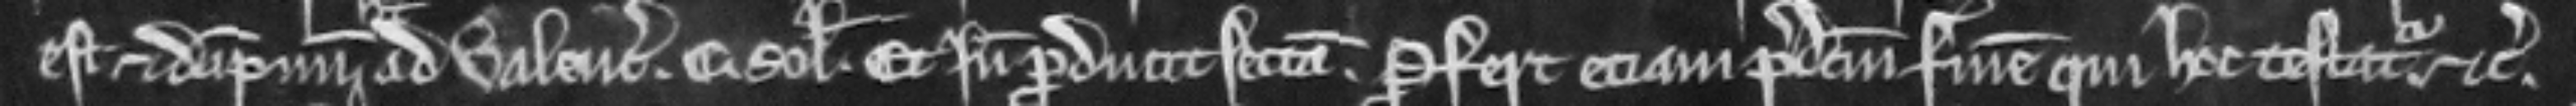
est et dampnum habet ad valenciam C solidorum. Et inde producit sectam. Profert eciam predictum finem qui hoc testatur etc.